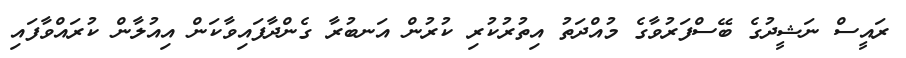
ރައީސް ނަޝީދުގެ ބޭސްފަރުވާގެ މުއްދަތު އިތުރުކުރި ކުރުން އަނބުރާ ގެންދާފައިވާކަން އިއުލާން ކުރައްވާފައި